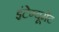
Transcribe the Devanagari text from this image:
इंटेग्यूमेंट